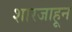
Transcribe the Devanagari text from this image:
शारजाहून